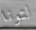
لتونا